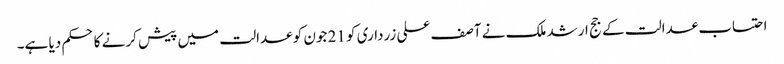
احتساب عدالت کے جج ارشد ملک نے آصف علی زرداری کو 21 جون کو عدالت میں پیش کرنے کا حکم دیا ہے۔